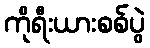
ကိုရီးယားစစ်ပွဲ